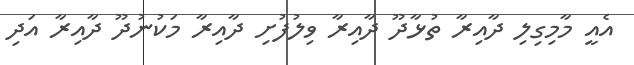
އެއީ މާމިގިލި ދާއިރާ ތުޅާދޫ ދާއިރާ ވިލުފުށި ދާއިރާ މަކުނުދޫ ދާއިރާ އަދި